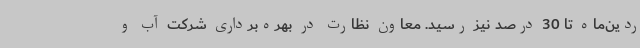
ردین‌ماه تا 30 درصد نیز رسید. معاون نظارت در بهره‌برداری شرکت آب و